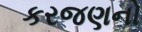
કરજણનો